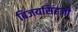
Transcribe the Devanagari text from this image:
बिजयसिंहजी